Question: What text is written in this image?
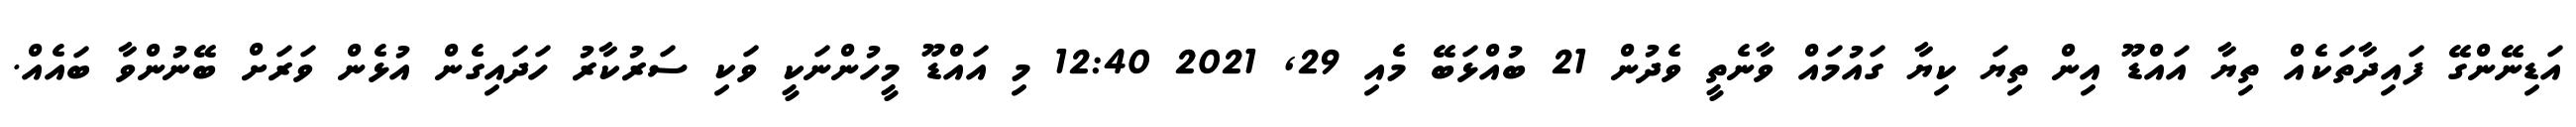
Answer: އަޑިނޭންގޭ ފައިދާތަކެއް ތިޔާ އައްޑޫ އިން ތިޔަ ކިޔާ ގައުމައް ވާނެތީ ވެދުން 21 ބުއްޅަބޭ މެއި 29, 2021 12:40 މި އައްޑޫ މީހުންނަކީ ވަކި ސަރުކާރު ހަދައިގެން އުޅެން ވަރަށް ބޭނުންވާ ބައެއް.